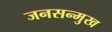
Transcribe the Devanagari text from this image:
जनसन्मुख